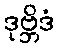
ဒုဗ္ဘိဒံ